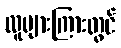
လူများကြားတွင်